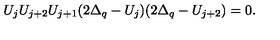
U _ { j } U _ { j + 2 } U _ { j + 1 } ( 2 \Delta _ { q } - U _ { j } ) ( 2 \Delta _ { q } - U _ { j + 2 } ) = 0 .